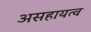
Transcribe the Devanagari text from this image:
असहायत्व